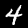
Label: 4